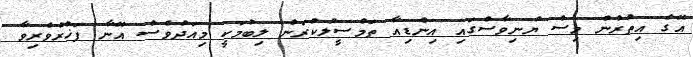
އޭގެ އިތުރުން މިސް ޔުނިވާސްގައި އިންޑިއާ ތަމްސީލުކުރަން ލިބުމަކީ މިއަދުވެސް އޭނާ ފަޚުރުވެރިވާ